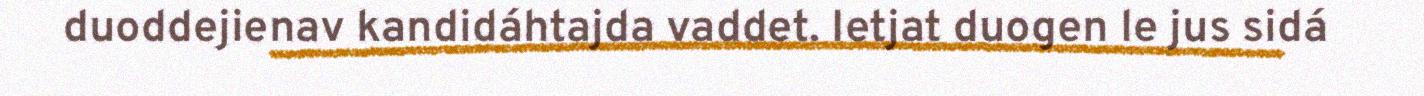
duoddejienav kandidáhtajda vaddet. Ietjat duogen le jus sidá